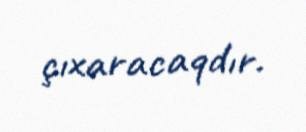
çıxaracaqdır.